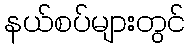
နယ်စပ်များတွင်